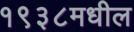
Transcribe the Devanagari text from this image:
१९३८मधील